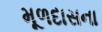
મૂળદાસના